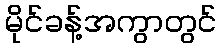
မိုင်ခန့်အကွာတွင်